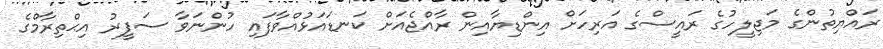
ރައްޔިތުންގެ މަޖިލީހުގެ ރައީސްގެ އަރިހަށް އިންޑިޔާއިން ރާއްޖެއަށް ކަނޑައަޅުއްވާފައި ހުންނަވާ ސަފީރު އިޙްތިރާމްގެ